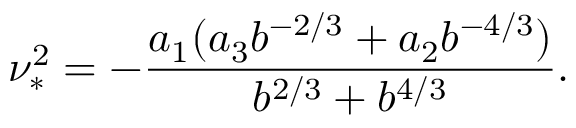
\nu _ { * } ^ { 2 } = - \frac { a _ { 1 } ( a _ { 3 } b ^ { - 2 / 3 } + a _ { 2 } b ^ { - 4 / 3 } ) } { b ^ { 2 / 3 } + b ^ { 4 / 3 } } .